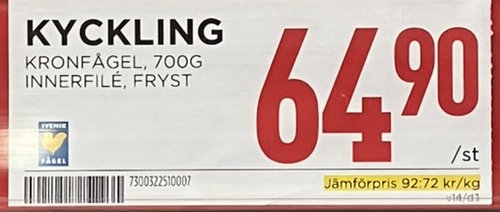
Vara: Kyckling
Genomsnittspris: 92.72 per kg